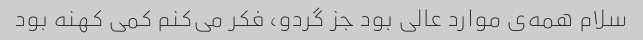
سلام همه‌ی موارد عالی بود جز گردو، فکر می‌کنم کمی کهنه بود